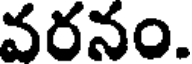
వరనం.